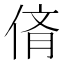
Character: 𠉸